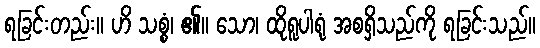
ရခြင်းတည်း။ ဟိ သစ္စံ၊ ၏။ သော၊ ထိုရူပါရုံ အစရှိသည်ကို ရခြင်းသည်။